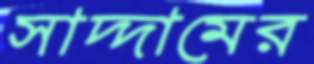
সাদ্দামের